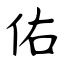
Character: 佑